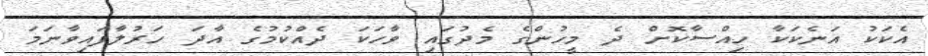
އެކަކު އަނެކަކާ ހިއްސާކޮށް ދެ މީހުންގެ މެދުގައި ވާހަކަ ދެއްކުމުގެ އާދަ ހަރުލާފައިވާނަމަ